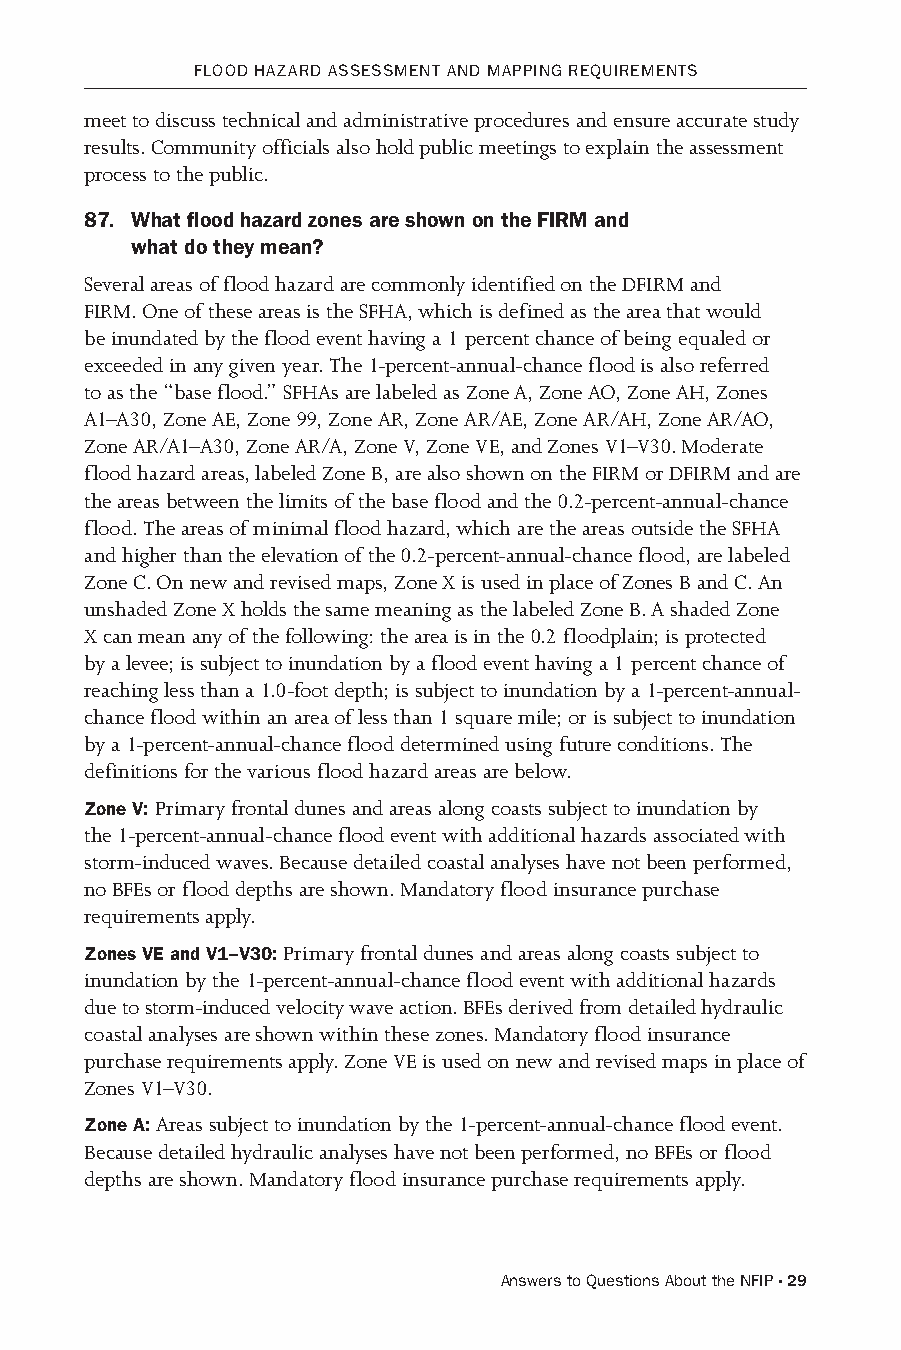
FLooD hAzARD AssEssMENT AND MAPPING REQuIREMENTs
 meet to discuss technical and administrative procedures and ensure accurate study
 results. Community officials also hold public meetings to explain the assessment
 process to the public.
 87. What flood hazard zones are shown on the FIRM and
 what do they mean?
 Several areas of flood hazard are commonly identified on the DFIRM and
 FIRM. One of these areas is the SFHA, which is defined as the area that would
 be inundated by the flood event having a 1 percent chance of being equaled or
 exceeded in any given year. The 1-percent-annual-chance flood is also referred
 to as the “base flood.” SFHAs are labeled as Zone A, Zone AO, Zone AH, Zones
 A1–A30, Zone AE, Zone 99, Zone AR, Zone AR/AE, Zone AR/AH, Zone AR/AO,
 Zone AR/A1–A30, Zone AR/A, Zone V, Zone VE, and Zones V1–V30. Moderate
 flood hazard areas, labeled Zone B, are also shown on the FIRM or DFIRM and are
 the areas between the limits of the base flood and the 0.2-percent-annual-chance
 flood. The areas of minimal flood hazard, which are the areas outside the SFHA
 and higher than the elevation of the 0.2-percent-annual-chance flood, are labeled
 Zone C. On new and revised maps, Zone X is used in place of Zones B and C. An
 unshaded Zone X holds the same meaning as the labeled Zone B. A shaded Zone
 X can mean any of the following: the area is in the 0.2 floodplain; is protected
 by a levee; is subject to inundation by a flood event having a 1 percent chance of
 reaching less than a 1.0-foot depth; is subject to inundation by a 1-percent-annual-
 chance flood within an area of less than 1 square mile; or is subject to inundation
 by a 1-percent-annual-chance flood determined using future conditions. The
 definitions for the various flood hazard areas are below.
 Zone V: Primary frontal dunes and areas along coasts subject to inundation by
 the 1-percent-annual-chance flood event with additional hazards associated with
 storm-induced waves. Because detailed coastal analyses have not been performed,
 no BFEs or flood depths are shown. Mandatory flood insurance purchase
 requirements apply.
 Zones VE and V1–V30: Primary frontal dunes and areas along coasts subject to
 inundation by the 1-percent-annual-chance flood event with additional hazards
 due to storm-induced velocity wave action. BFEs derived from detailed hydraulic
 coastal analyses are shown within these zones. Mandatory flood insurance
 purchase requirements apply. Zone VE is used on new and revised maps in place of
 Zones V1–V30.
 Zone A: Areas subject to inundation by the 1-percent-annual-chance flood event.
 Because detailed hydraulic analyses have not been performed, no BFEs or flood
 depths are shown. Mandatory flood insurance purchase requirements apply.
 Answers to Questions About the NFIP · 29